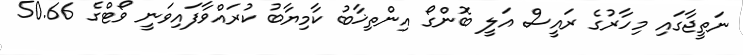
ނަތީޖާގައި މިހާރުގެ ރައީސް އަލީ ބޮންގޯ އިންތިޚާބު ކާމިޔާބު ކުރައްވާފައިވަނީ ވޯޓްގެ 50.66